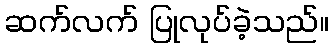
ဆက်လက် ပြုလုပ်ခဲ့သည်။